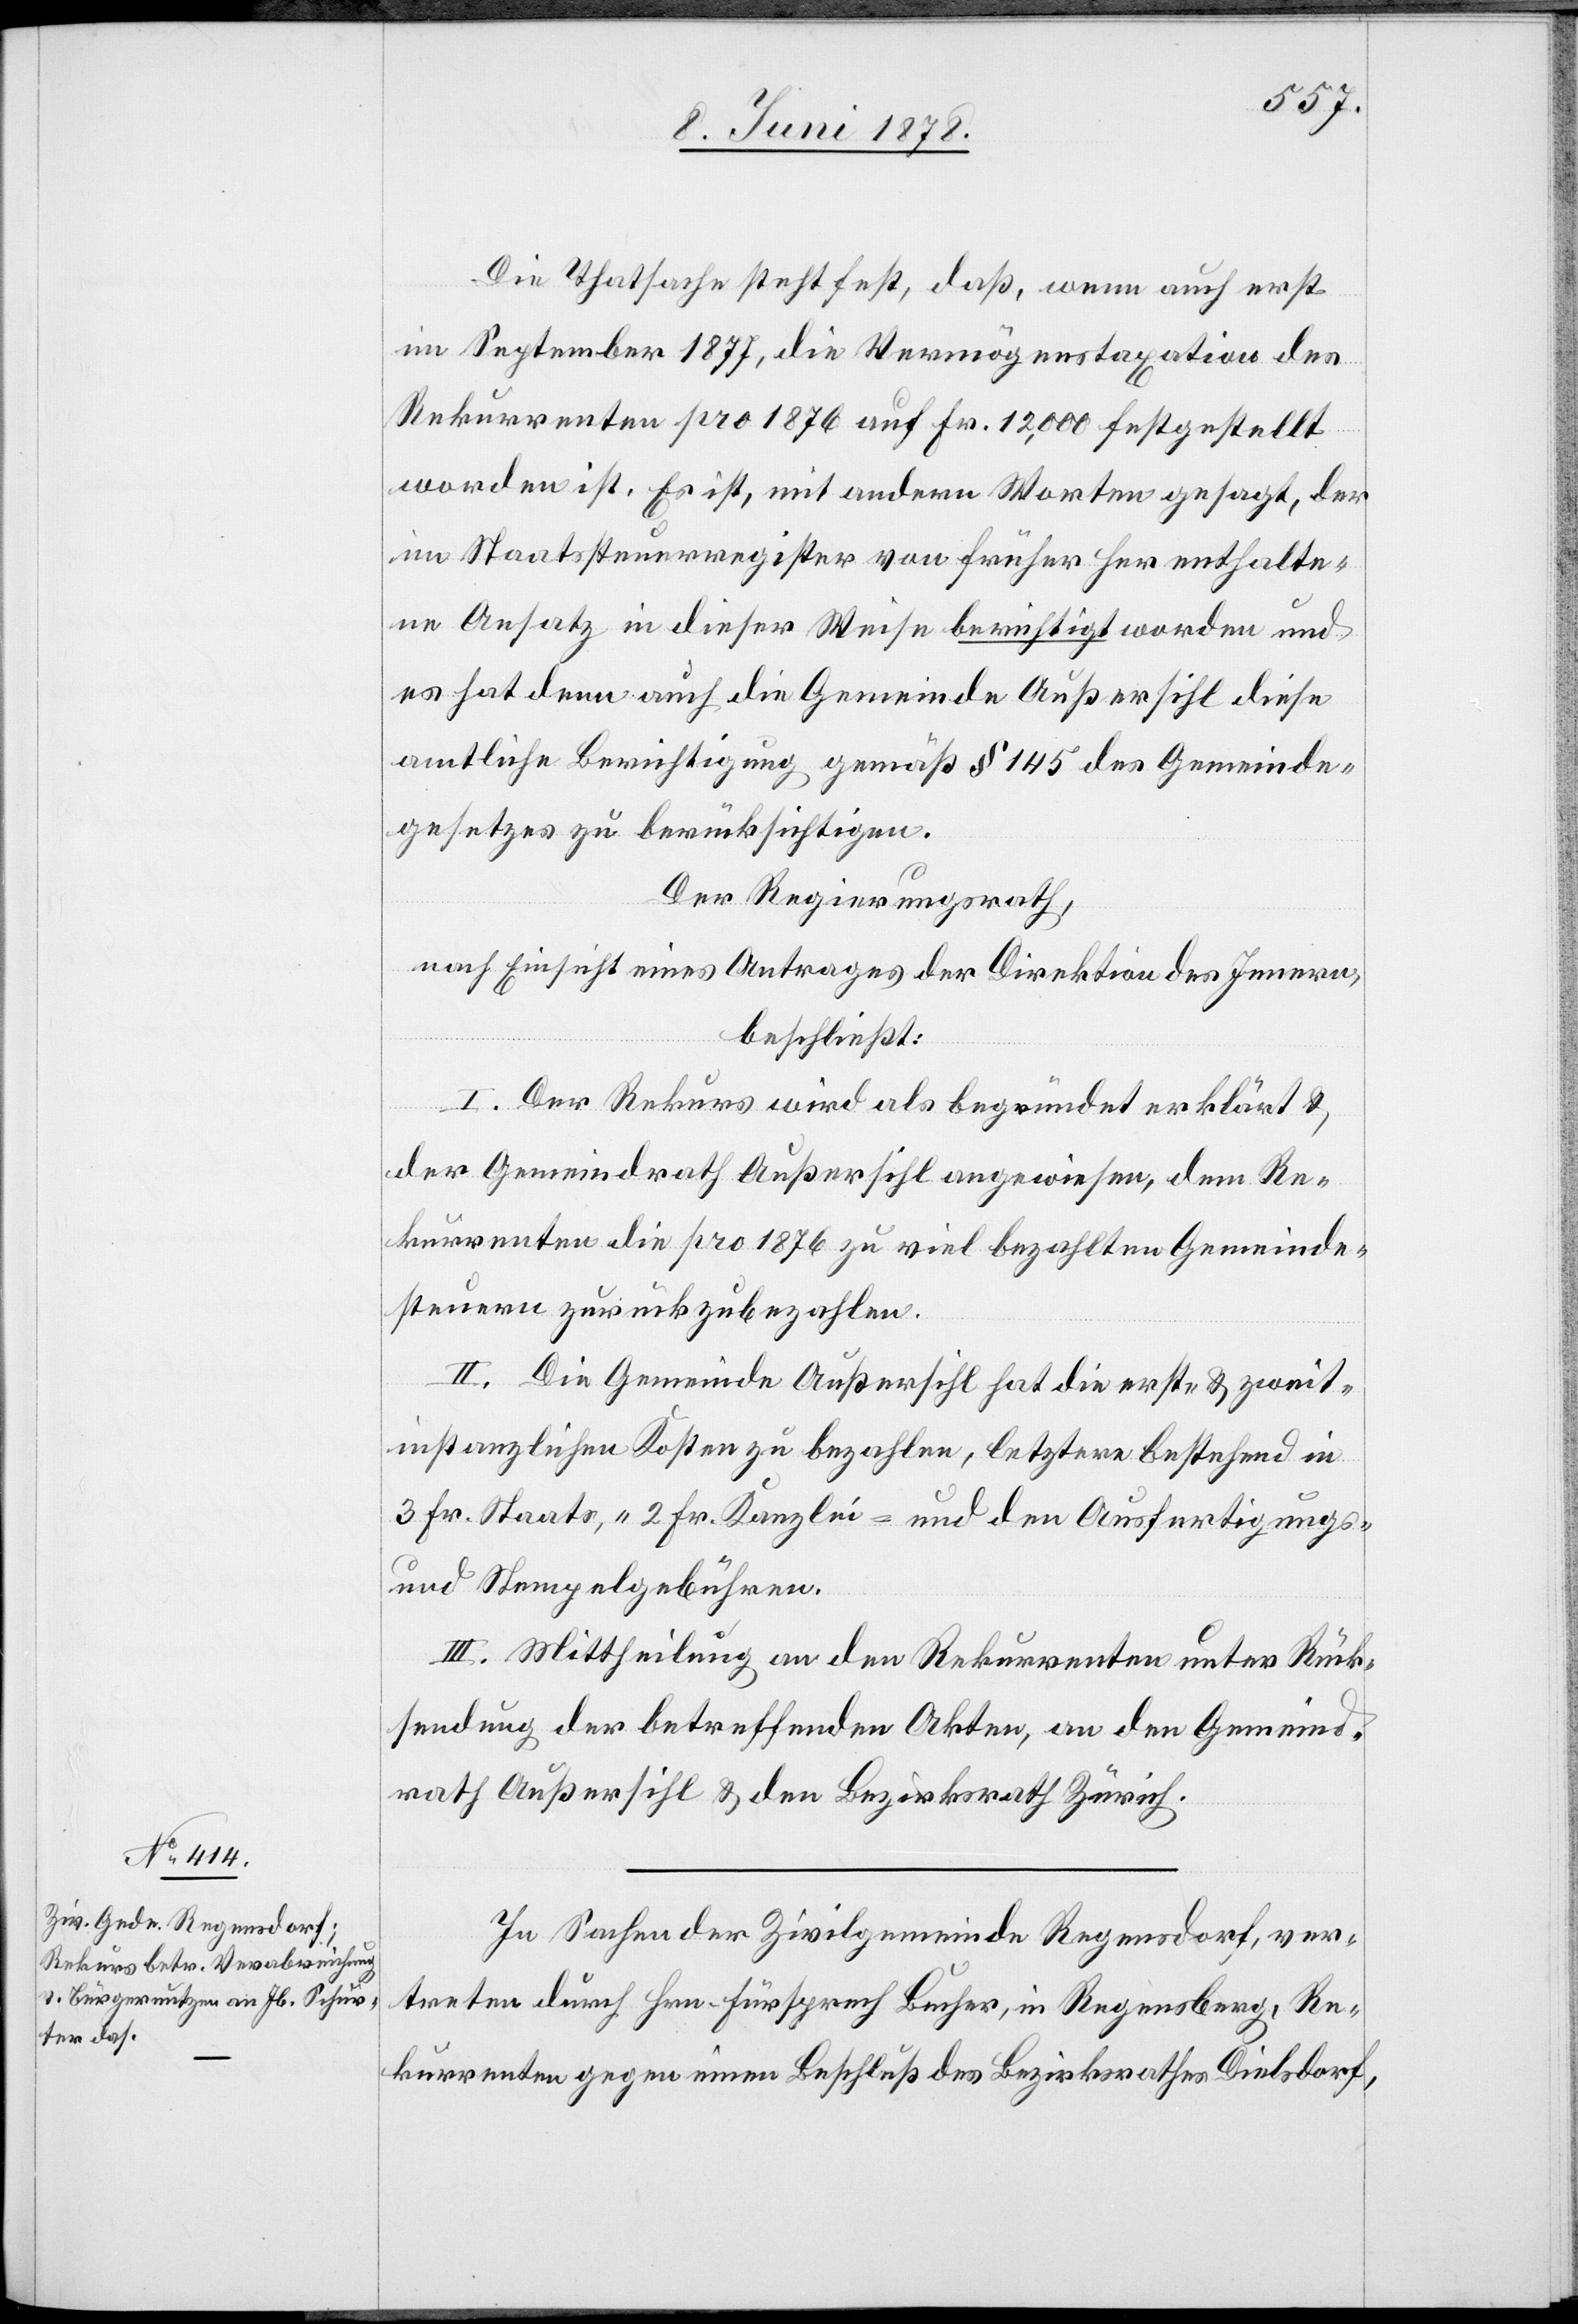
Die Thatsache steht fest, daß wenn auch erst
im September 1877, die Vermögenstaxation des
Rekurrenten pro 1876 auf Fr. 12,000 festgestellt
worden ist. Es ist, mit andern Worten gesagt, der
im Staatssteuerregister von früher her enthalte¬
ne Ansatz in dieser Weise berichtigt worden und
es hat denn auch die Gemeinde Außersihl diese
amtliche Berichtigung gemäß § 145 des Gemeinde¬
gesetzes zu berücksichtigen.
Der Regierungsrath,
nach Einsicht eines Antrages der Direktion des Innern,
beschließt:
I. Der Rekurs wird als begründet erklärt &
der Gemeindrath Außersihl angewiesen, dem Re¬
kurrenten die pro 1876 zu viel bezahlten Gemeinde¬
steuern zurückzubezahlen.
II. Die Gemeinde Außersihl hat die erst- & zweit¬
instanzlichen Kosten zu bezahlen, letztere bestehend in
3 Fr. Staats-, 2 Fr. Kanzlei- und den Ausfertigungs-
und Stempelgebühren.
III. Mittheilung an den Rekurrenten unter Rück¬
sendung der betreffenden Akten, an den Gemeind¬
rath Außersihl & den Bezirksrath Zürich.
In Sachen der Zivilgemeinde Regensdorf, ver¬
treten durch Hrn. Fürsprech Bucher, in Regensberg, Re¬
kurrenten gegen einen Beschluß des Bezirksrathes Dielsdorf,